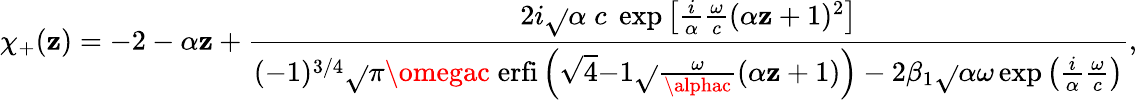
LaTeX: \chi_{+}(\mathbf{z})=-2-\alpha\mathbf{z}+\frac{{2i\sqrt{}{{\alpha}}\; c\; \exp\left[\frac{{i}}{{\alpha}}\frac{{\omega}}{{c}}(\alpha\mathbf{z}+1)^{2}\right]}}{{(-1)^{3/4}\sqrt{}{{\pi\omegac}}\; \mathrm{{erfi}}\left(\sqrt{{4}}{{-1}}\sqrt{}{{\frac{{\omega}}{{\alphac}}}}(\alpha\mathbf{z}+1)\right)-2\beta_{1}\sqrt{}{{\alpha}}\omega\exp\left(\frac{{i}}{{\alpha}}\frac{{\omega}}{{c}}\right)}},